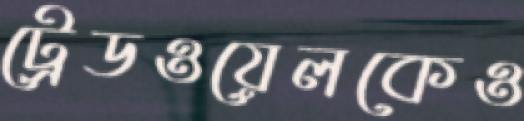
ট্রেডওয়েলকেও